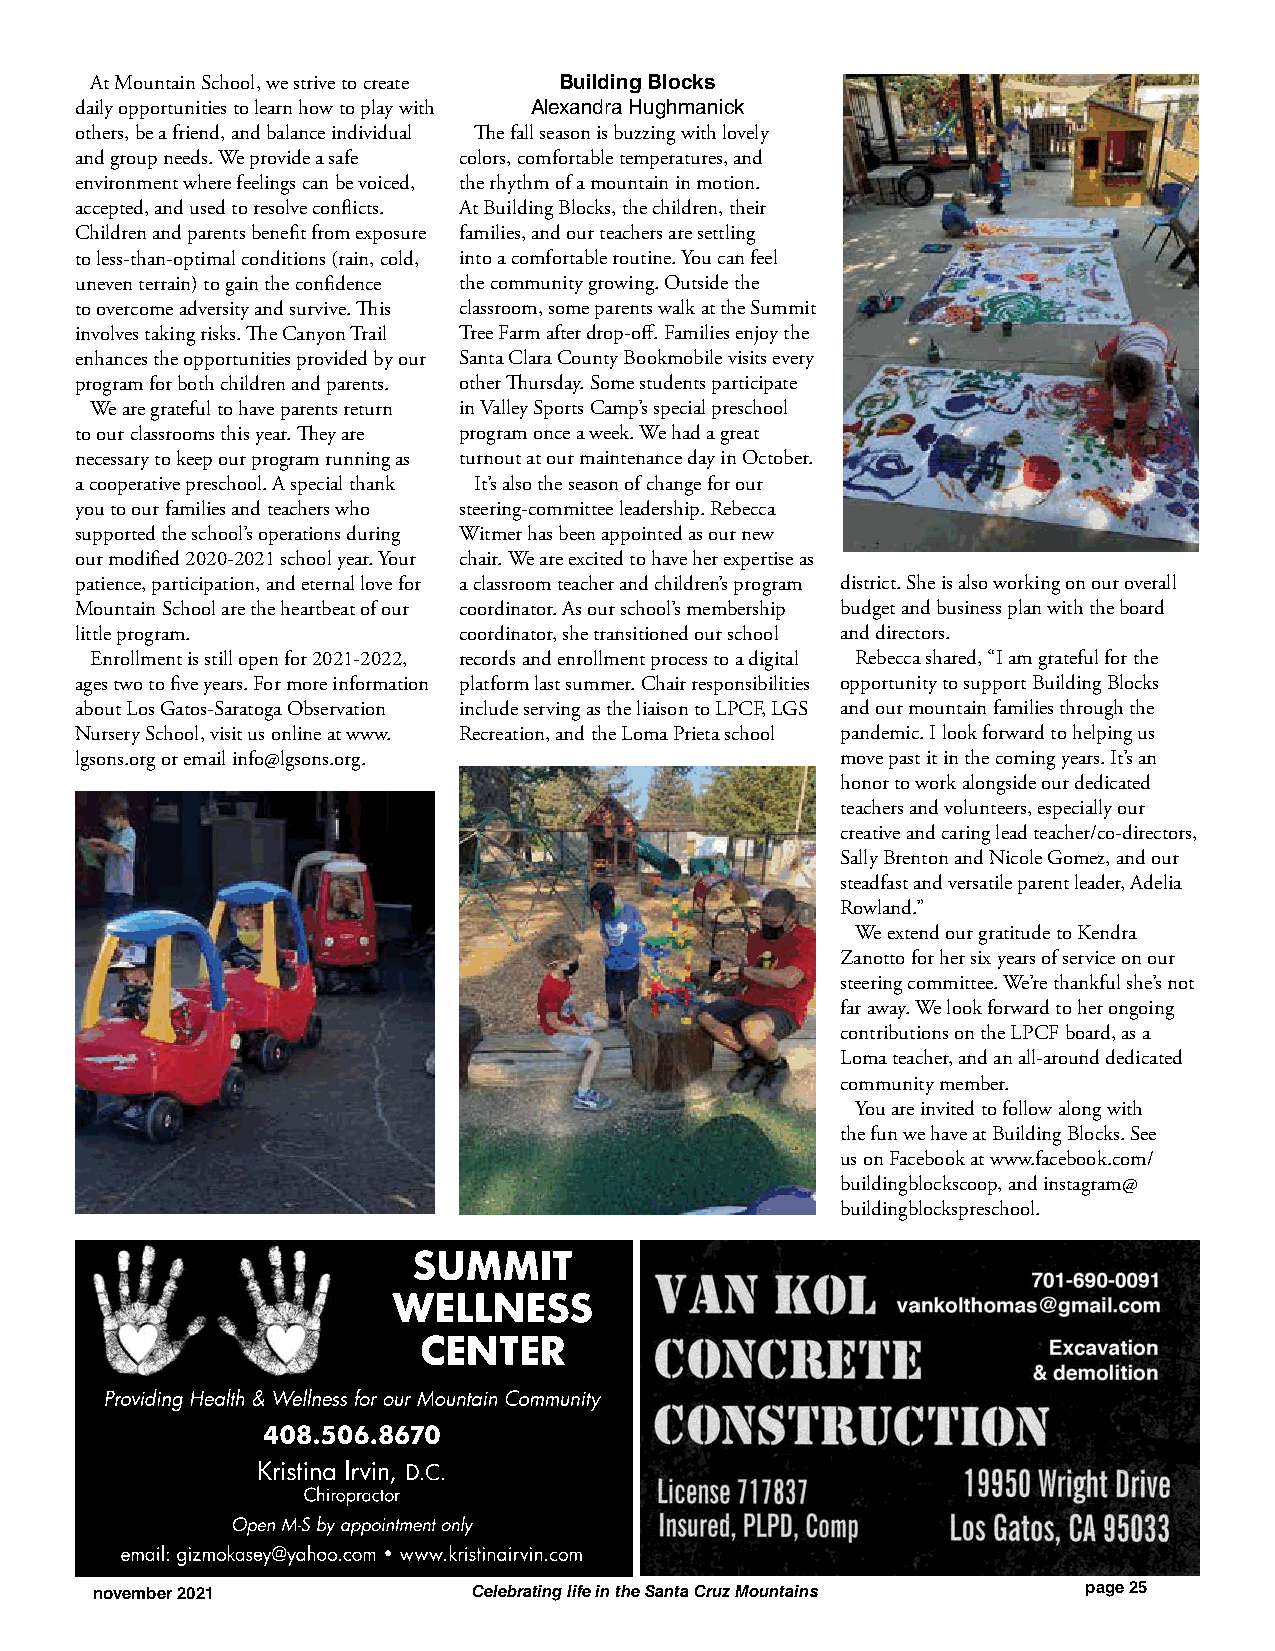
At Mountain School, we strive to create Building Blocks
 daily opportunities to learn how to play with Alexandra Hughmanick
 others, be a friend, and balance individual The fall season is buzzing with lovely
 and group needs. We provide a safe colors, comfortable temperatures, and
 environment where feelings can be voiced, the rhythm of a mountain in motion.
 accepted, and used to resolve conflicts. At Building Blocks, the children, their
 Children and parents benefit from exposure families, and our teachers are settling
 to less-than-optimal conditions (rain, cold, into a comfortable routine. You can feel
 uneven terrain) to gain the confidence the community growing. Outside the
 to overcome adversity and survive. This classroom, some parents walk at the Summit
 involves taking risks. The Canyon Trail Tree Farm after drop-off. Families enjoy the
 enhances the opportunities provided by our Santa Clara County Bookmobile visits every
 program for both children and parents. other Thursday. Some students participate
 We are grateful to have parents return in Valley Sports Camp’s special preschool
 to our classrooms this year. They are program once a week. We had a great
 necessary to keep our program running as turnout at our maintenance day in October.
 a cooperative preschool. A special thank It’s also the season of change for our
 you to our families and teachers who steering-committee leadership. Rebecca
 supported the school’s operations during Witmer has been appointed as our new
 our modified 2020-2021 school year. Your chair. We are excited to have her expertise as
 patience, participation, and eternal love for a classroom teacher and children’s program district. She is also working on our overall
 Mountain School are the heartbeat of our coordinator. As our school’s membership budget and business plan with the board
 little program.          coordinator, she transitioned our school and directors.
 Enrollment is still open for 2021-2022, records and enrollment process to a digital Rebecca shared, “I am grateful for the
 ages two to five years. For more information platform last summer. Chair responsibilities opportunity to support Building Blocks
 about Los Gatos-Saratoga Observation include serving as the liaison to LPCF, LGS and our mountain families through the
 Nursery School, visit us online at www. Recreation, and the Loma Prieta school pandemic. I look forward to helping us
 lgsons.org or email info@lgsons.org.               move past it in the coming years. It’s an
 honor to work alongside our dedicated
 teachers and volunteers, especially our
 creative and caring lead teacher/co-directors,
 Sally Brenton and Nicole Gomez, and our
 steadfast and versatile parent leader, Adelia
 Rowland.”
 We extend our gratitude to Kendra
 Zanotto for her six years of service on our
 steering committee. We’re thankful she’s not
 far away. We look forward to her ongoing
 contributions on the LPCF board, as a
 Loma teacher, and an all-around dedicated
 community member.
 You are invited to follow along with
 the fun we have at Building Blocks. See
 us on Facebook at www.facebook.com/
 buildingblockscoop, and instagram@
 buildingblockspreschool.
 november 2021            Celebrating life in the Santa Cruz Mountains page 25